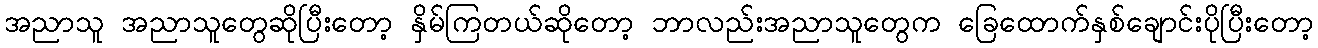
အညာသူ အညာသူတွေဆိုပြီးတော့ နှိမ်ကြတယ်ဆိုတော့ ဘာလည်းအညာသူတွေက ခြေထောက်နှစ်ချောင်းပိုပြီးတော့